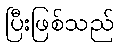
ပြီးဖြစ်သည်